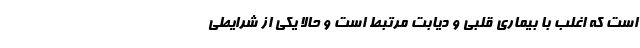
است که اغلب با بیماری قلبی و دیابت مرتبط است و حالا یکی از شرایطی